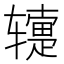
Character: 𬨕